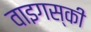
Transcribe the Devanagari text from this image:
वाइगस्की